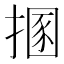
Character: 㨡